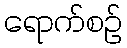
ရောက်စဉ်